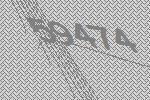
59474